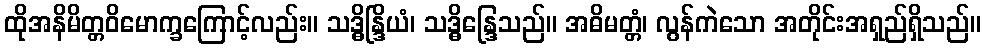
ထိုအနိမိတ္တဝိမောက္ခကြောင့်လည်း။ သဒ္ဓိန္ဒြိယံ၊ သဒ္ဓိန္ဒြေသည်။ အဓိမတ္တံ၊ လွန်ကဲသော အတိုင်းအရှည်ရှိသည်။